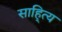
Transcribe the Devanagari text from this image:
साहि्त्य